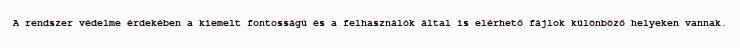
A rendszer védelme érdekében a kiemelt fontosságú és a felhasználók által is elérhető fájlok különböző helyeken vannak.